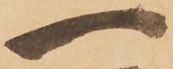
一